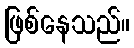
ဖြစ်နေသည်။